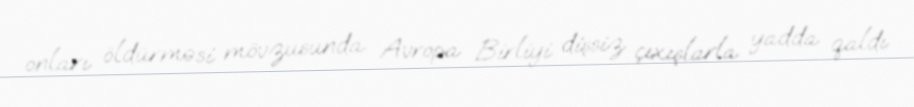
onları öldürməsi mövzusunda Avropa Birliyi dişsiz çıxışlarla yadda qaldı.